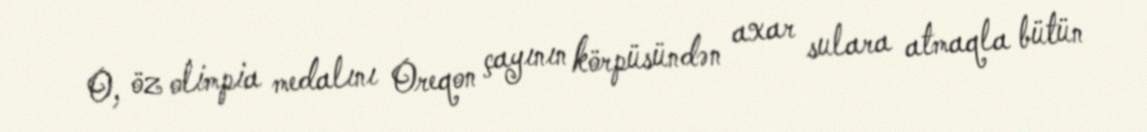
O, öz olimpia medalını Oreqon çayının körpüsündən axar sulara atmaqla bütün